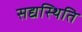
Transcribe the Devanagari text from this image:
सद्यस्थिति